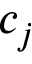
c _ { j }